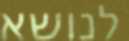
לנושא